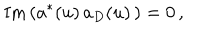
\mathrm { I m } \left( a ^ { * } ( u ) \, a _ { D } ( u ) \, \right) = 0 \, ,